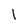
Character: 1